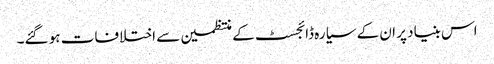
اس بنیاد پر ان کے سیارہ ڈائجسٹ کے منتظمین سے اختلافات ہو گئے۔